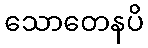
သောတေနပိ